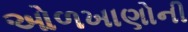
ઓળખાણોની